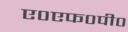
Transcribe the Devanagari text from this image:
ए०एफ०पी०